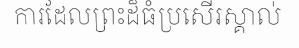
ការដែលព្រះដ៏ធំប្រសើរស្គាល់